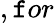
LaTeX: ,\mathtt{f}or